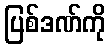
ပြစ်ဒဏ်ကို